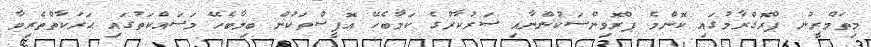
މިތަމްރީނު ޕްރޮގްރާމުގައި ކޮންމެ ޕްރޮވިންސަކުންނާއި ސަރުކާރުގެ ކަމާބެހޭ އޮފީސްތަކުން ބިމާބެހޭ މަސައްކަތުގައި ޙަރަކާތްތެރިވާ